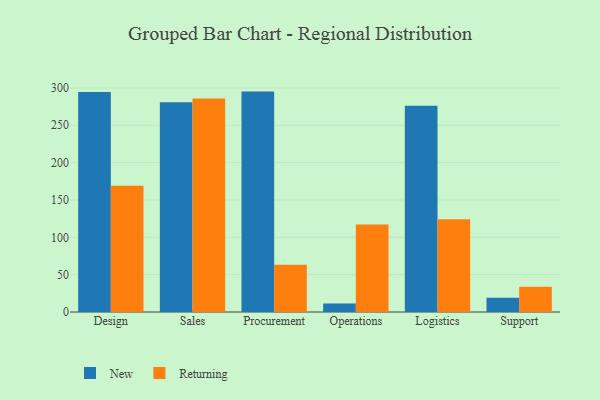
{"axis": {"x": "Department", "y": "Waste Production (Tons)"}, "legend": ["New", "Returning"], "data": [{"x": "Design", "y": 294.5, "type": "New"}, {"x": "Design", "y": 169.0, "type": "Returning"}, {"x": "Sales", "y": 280.9, "type": "New"}, {"x": "Sales", "y": 286.0, "type": "Returning"}, {"x": "Procurement", "y": 295.1, "type": "New"}, {"x": "Procurement", "y": 63.4, "type": "Returning"}, {"x": "Operations", "y": 11.3, "type": "New"}, {"x": "Operations", "y": 117.2, "type": "Returning"}, {"x": "Logistics", "y": 276.1, "type": "New"}, {"x": "Logistics", "y": 124.2, "type": "Returning"}, {"x": "Support", "y": 19.2, "type": "New"}, {"x": "Support", "y": 33.9, "type": "Returning"}]}